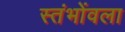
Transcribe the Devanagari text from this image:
स्तंभोंवला